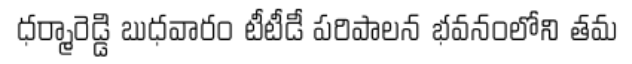
ధర్మారెడ్డి బుధవారం టీటీడీ పరిపాలన భవనంలోని తమ